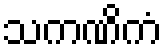
သကဏိကံ